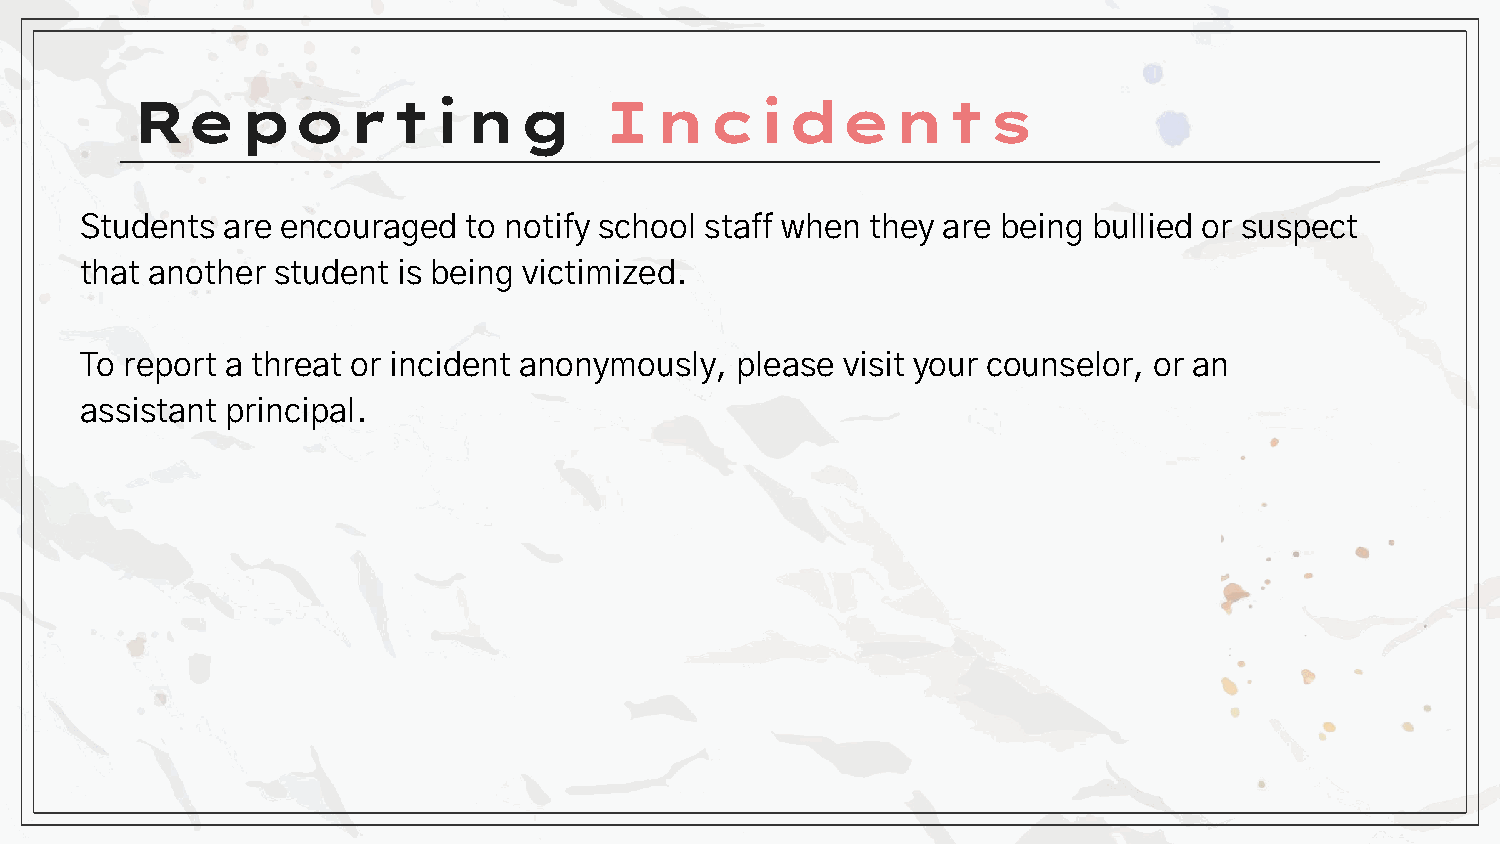
Reporting                      Incidents
 Students  are encouraged  to notify school staff when they are being bullied or suspect
 that another student is being victimized.
 To report a threat or incident anonymously, please visit your counselor, or an
 assistant principal.